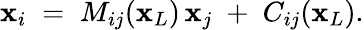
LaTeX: \mathbf{x}_{i}\; =\; M_{ij}(\mathbf{x}_{L})\, \mathbf{x}_{j}\; +\; C_{ij}(\mathbf{x}_{L}).